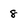
Character: 8